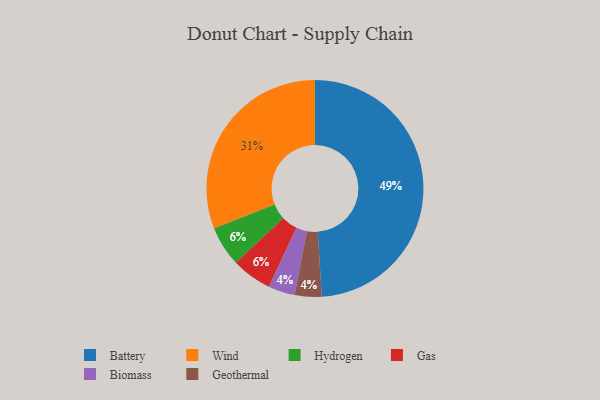
{"axis": {"x": "Category", "y": "Percentage"}, "legend": ["Battery", "Biomass", "Gas", "Geothermal", "Hydrogen", "Wind"], "data": [{"x": "Biomass", "y": 4, "type": "Biomass"}, {"x": "Battery", "y": 49, "type": "Battery"}, {"x": "Geothermal", "y": 4, "type": "Geothermal"}, {"x": "Hydrogen", "y": 6, "type": "Hydrogen"}, {"x": "Gas", "y": 6, "type": "Gas"}, {"x": "Wind", "y": 31, "type": "Wind"}]}